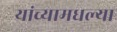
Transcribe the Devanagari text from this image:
यांच्यामधल्या